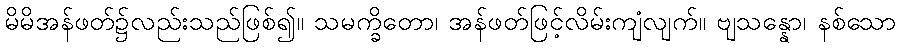
မိမိအန်ဖတ်၌လည်းသည်ဖြစ်၍။ သမက္ခိတော၊ အန်ဖတ်ဖြင့်လိမ်းကျံလျက်။ ဗျသန္နော၊ နစ်သော